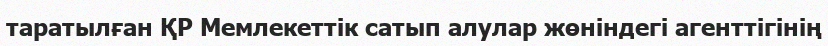
таратылған ҚР Мемлекеттік сатып алулар жөніндегі агенттігінің